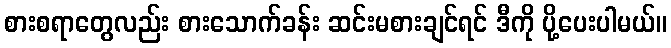
စားစရာတွေလည်း စားသောက်ခန်း ဆင်းမစားချင်ရင် ဒီကို ပို့ပေးပါမယ်။